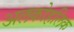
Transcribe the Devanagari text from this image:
अलकोहलिक